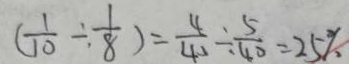
( \frac { 1 } { 1 0 } \div \frac { 1 } { 8 } ) = \frac { 4 } { 4 0 } \div \frac { 5 } { 4 0 } = 2 5 \%